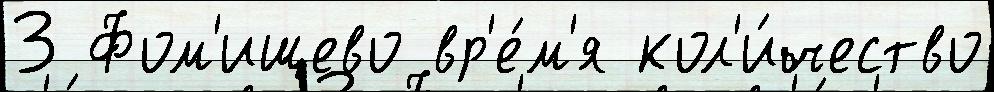
3 Фом'ищево вр'е́м'я кол'и́чество